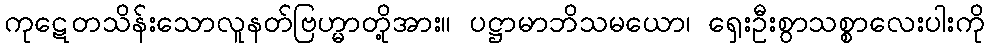
ကုဋေတသိန်းသောလူနတ်ဗြဟ္မာတို့အား။ ပဋ္ဌာမာဘိသမယော၊ ရှေးဦးစွာသစ္စာလေးပါးကို